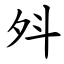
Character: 斘